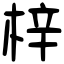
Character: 梓